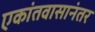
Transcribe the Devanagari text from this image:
एकांतवासानंतर